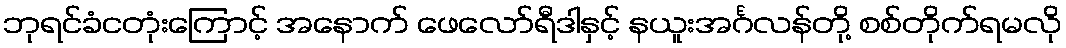
ဘုရင်ခံငတုံးကြောင့် အနောက် ဖေလော်ရီဒါနှင့် နယူးအင်္ဂလန်တို့ စစ်တိုက်ရမလို